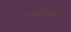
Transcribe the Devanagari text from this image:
मगलुओं